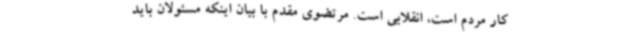
کار مردم است، انقلابی است. مرتضوی مقدم با بیان اینکه مسئولان باید